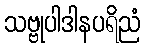
သဗ္ဗုပါဒါနပရိညံ